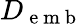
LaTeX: {D_{\mathrm{~e~m~b~}}}